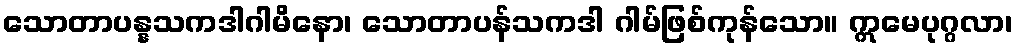
သောတာပန္နသကဒါဂါမိနော၊ သောတာပန်သကဒါ ဂါမ်ဖြစ်ကုန်သော။ ဣမေပုဂ္ဂလာ၊